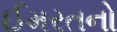
ઈમરતનો